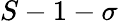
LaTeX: S-1-\sigma